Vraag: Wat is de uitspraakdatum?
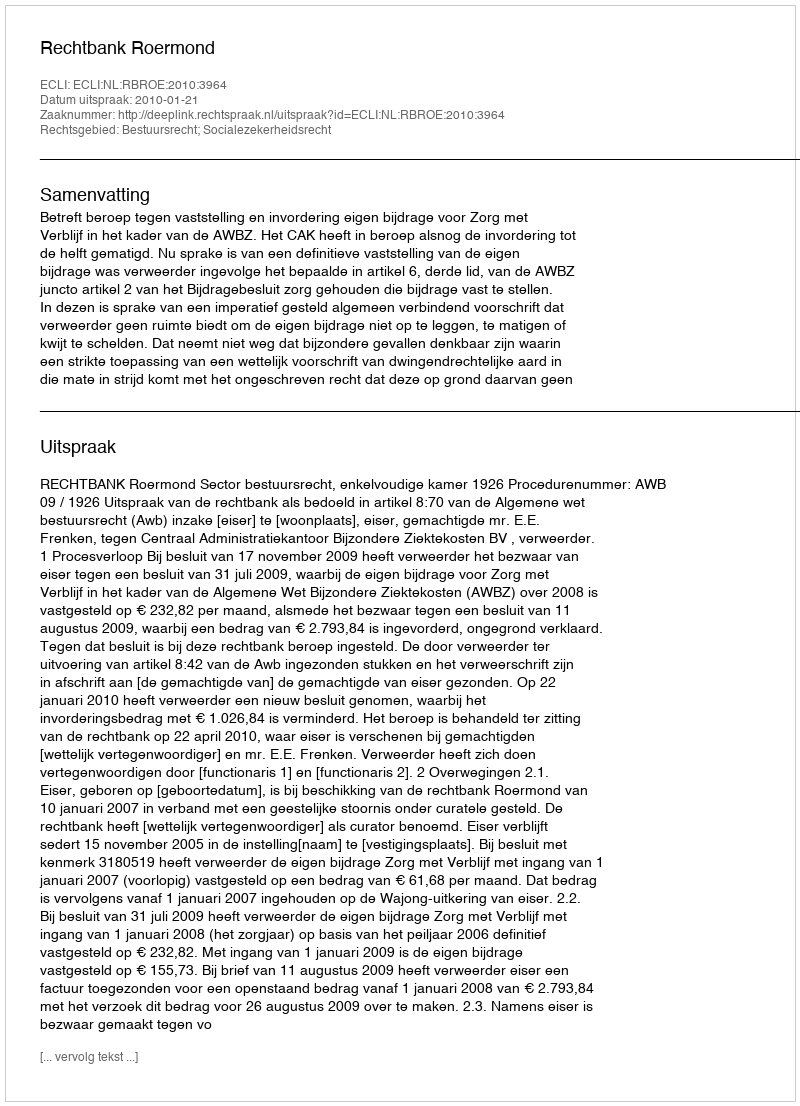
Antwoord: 2010-01-21